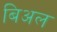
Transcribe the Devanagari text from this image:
बिअल